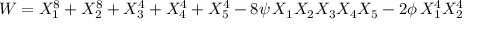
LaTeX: { \cal W } = X _ { 1 } ^ { 8 } + X _ { 2 } ^ { 8 } + X _ { 3 } ^ { 4 } + X _ { 4 } ^ { 4 } + X _ { 5 } ^ { 4 } - 8 \psi \, X _ { 1 } X _ { 2 } X _ { 3 } X _ { 4 } X _ { 5 } - 2 \phi \, X _ { 1 } ^ { 4 } X _ { 2 } ^ { 4 }